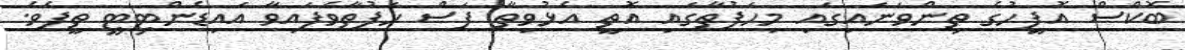
ބޮކްސް އޮފީހުގެ ތިންވަނައިގައި މިހަފުތާގައި އޮތީ އެޅުވިތާ ފަސް ހަފުތާވެފައިވާ އައިޑެންޓިޓީ ތީފެވެ.